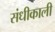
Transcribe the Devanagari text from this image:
संधीकाली